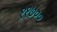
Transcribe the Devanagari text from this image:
११७००